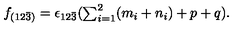
\begin{array} { l c r } { f _ { ( 1 2 \bar { 3 } ) } = \epsilon _ { 1 2 \bar { 3 } } ( { \sum _ { i = 1 } ^ { 2 } ( m _ { i } + n _ { i } ) } + p + q ) . } \\ \end{array}